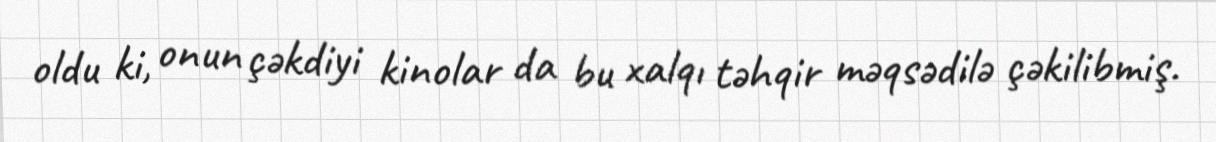
oldu ki, onun çəkdiyi kinolar da bu xalqı təhqir məqsədilə çəkilibmiş.